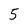
Character: 5